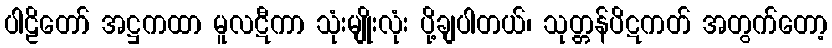
ပါဠိတော် အဋ္ဌကထာ မူလဋီကာ သုံးမျိုးလုံး ပို့ချပါတယ်၊ သုတ္တန်ပိဋကတ် အတွက်တော့